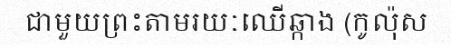
ជាមួយព្រះតាមរយៈឈើឆ្កាង (កូល៉ុស